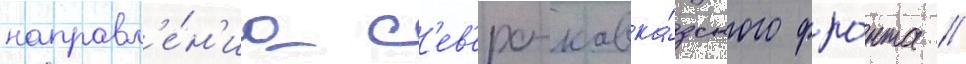
направл'е́н'иа с'ев'еро-кавка́зского фро́нта //